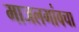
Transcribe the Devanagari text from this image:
माजलगांवचा